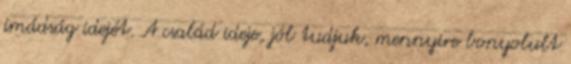
imádság idejét. A család ideje, jól tudjuk, mennyire bonyolult